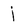
Character: j